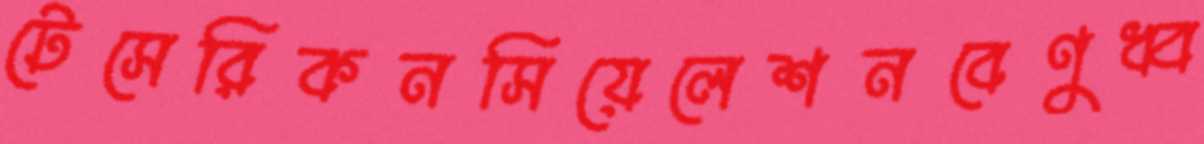
টেসেরিকনসিয়েলেশনবেণুধ্ব